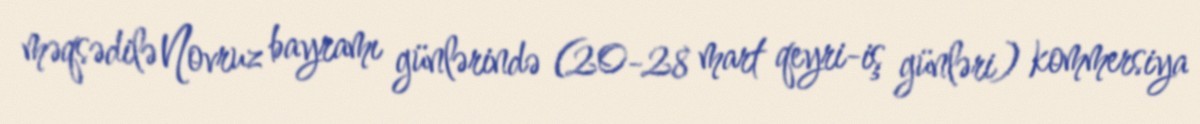
məqsədilə Novruz bayramı günlərində (20-28 mart qeyri-iş günləri) kommersiya